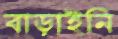
বাড়াইনি